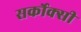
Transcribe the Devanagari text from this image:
सर्कोक्सी